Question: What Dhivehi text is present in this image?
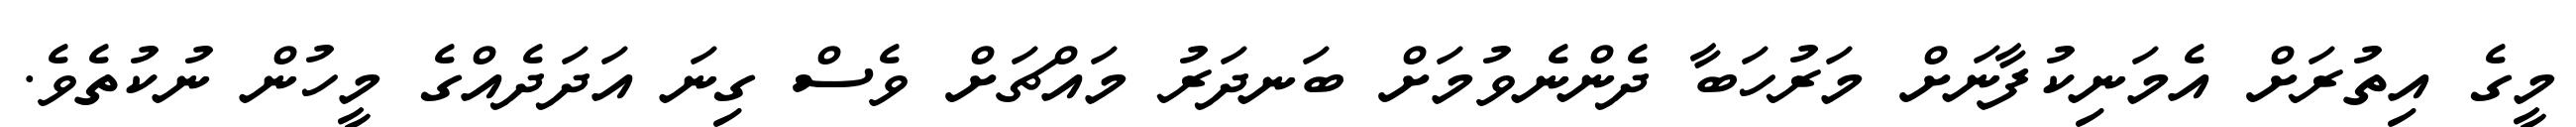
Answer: މީގެ އިތުރަށް އެމަނިކުފާނަށް މަރުހަބާ ދެންނެވުމަށް ބަނދަރު މައްޗަށް ވެސް ގިނަ އަދަދެއްގެ މީހުން ނުކުތެވެ.